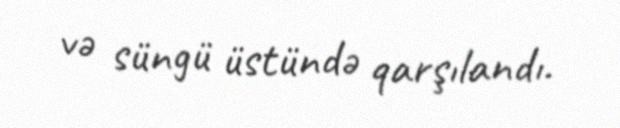
və süngü üstündə qarşılandı.